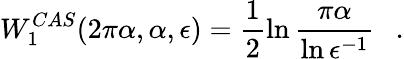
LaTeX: W_{1}^{CAS}(2\pi\alpha,\alpha,\epsilon)=\frac 12\ln{\frac{\pi\alpha}{\ln\epsilon^{-1}}}~~~.